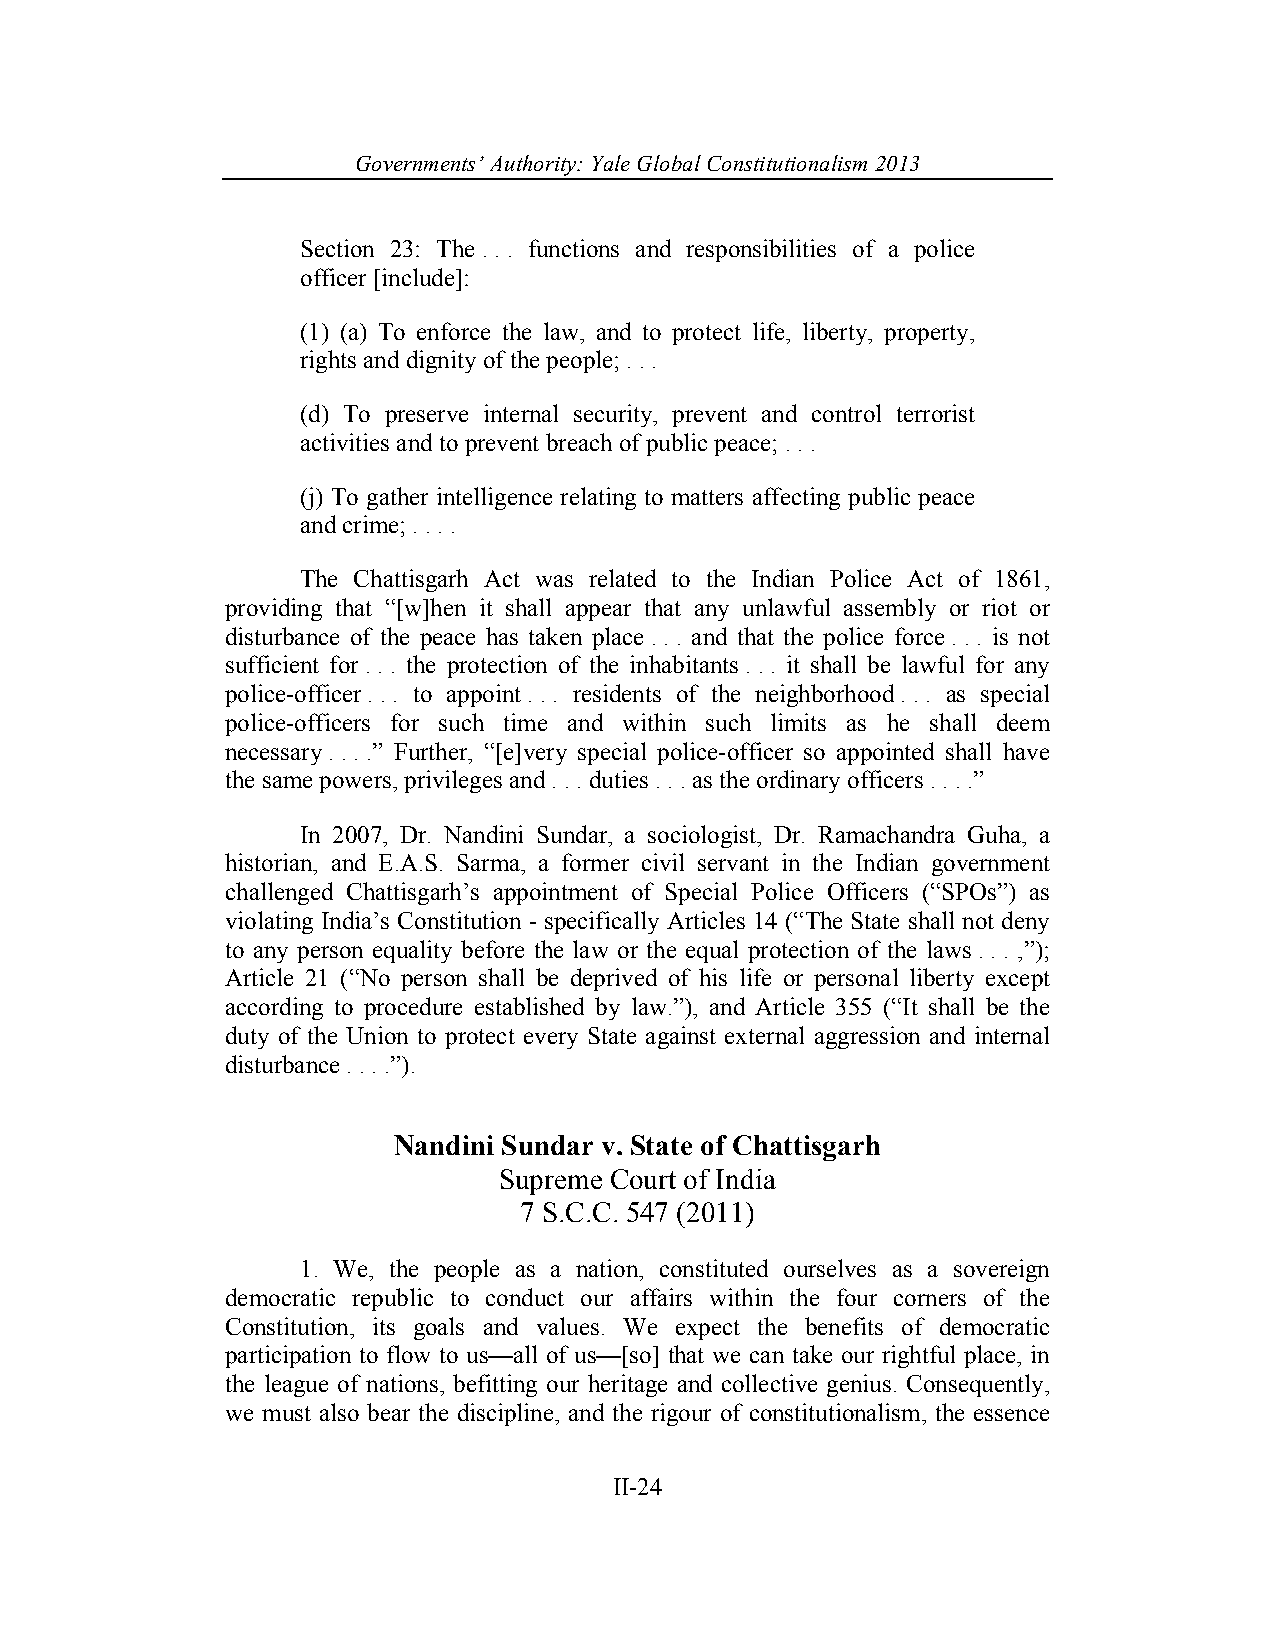
Governments’ Authority: Yale Global Constitutionalism 2013
 Section 23: The . . . functions and responsibilities of a police
 officer [include]:
 (1) (a) To enforce the law, and to protect life, liberty, property,
 rights and dignity of the people; . . .
 (d) To preserve internal security, prevent and control terrorist
 activities and to prevent breach of public peace; . . .
 (j) To gather intelligence relating to matters affecting public peace
 and crime; . . . .
 The Chattisgarh Act was related to the Indian Police Act of 1861,
 providing that “[w]hen it shall appear that any unlawful assembly or riot or
 disturbance of the peace has taken place . . . and that the police force . . . is not
 sufficient for . . . the protection of the inhabitants . . . it shall be lawful for any
 police-officer . . . to appoint . . . residents of the neighborhood . . . as special
 police-officers for such time and within such limits as he shall deem
 necessary . . . .” Further, “[e]very special police-officer so appointed shall have
 the same powers, privileges and . . . duties . . . as the ordinary officers . . . .”
 In 2007, Dr. Nandini Sundar, a sociologist, Dr. Ramachandra Guha, a
 historian, and E.A.S. Sarma, a former civil servant in the Indian government
 challenged Chattisgarh’s appointment of Special Police Officers (“SPOs”) as
 violating India’s Constitution - specifically Articles 14 (“The State shall not deny
 to any person equality before the law or the equal protection of the laws . . . ,”);
 Article 21 (“No person shall be deprived of his life or personal liberty except
 according to procedure established by law.”), and Article 355 (“It shall be the
 duty of the Union to protect every State against external aggression and internal
 disturbance . . . .”).
 Nandini Sundar v. State of Chattisgarh
 Supreme Court of India
 7 S.C.C. 547 (2011)
 1. We, the people as a nation, constituted ourselves as a sovereign
 democratic republic to conduct our affairs within the four corners of the
 Constitution, its goals and values. We expect the benefits of democratic
 participation to flow to us—all of us—[so] that we can take our rightful place, in
 the league of nations, befitting our heritage and collective genius. Consequently,
 we must also bear the discipline, and the rigour of constitutionalism, the essence
 II-24